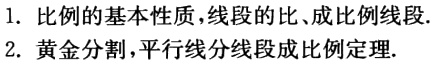
1. 比例的基本性质，线段的比、成比例线段.

2. 黄金分割，平行线分线段成比例定理.